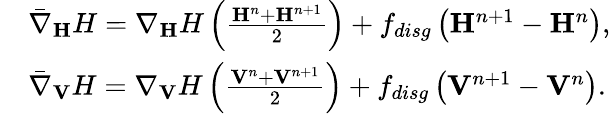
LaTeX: \begin{array}{rl}&{\bar{\nabla}_{\mathbf H}H=\nabla_{\mathbf H}H\left(\frac{{\mathbf H}^{n}+{\mathbf H}^{n+1}}{2}\right)+f_{disg}\left({\mathbf H}^{n+1}-{\mathbf H}^{n}\right),}\\ &{\bar{\nabla}_{\mathbf V}H=\nabla_{\mathbf V}H\left(\frac{{\mathbf V}^{n}+{\mathbf V}^{n+1}}{2}\right)+f_{disg}\left({\mathbf V}^{n+1}-{\mathbf V}^{n}\right).}\end{array}